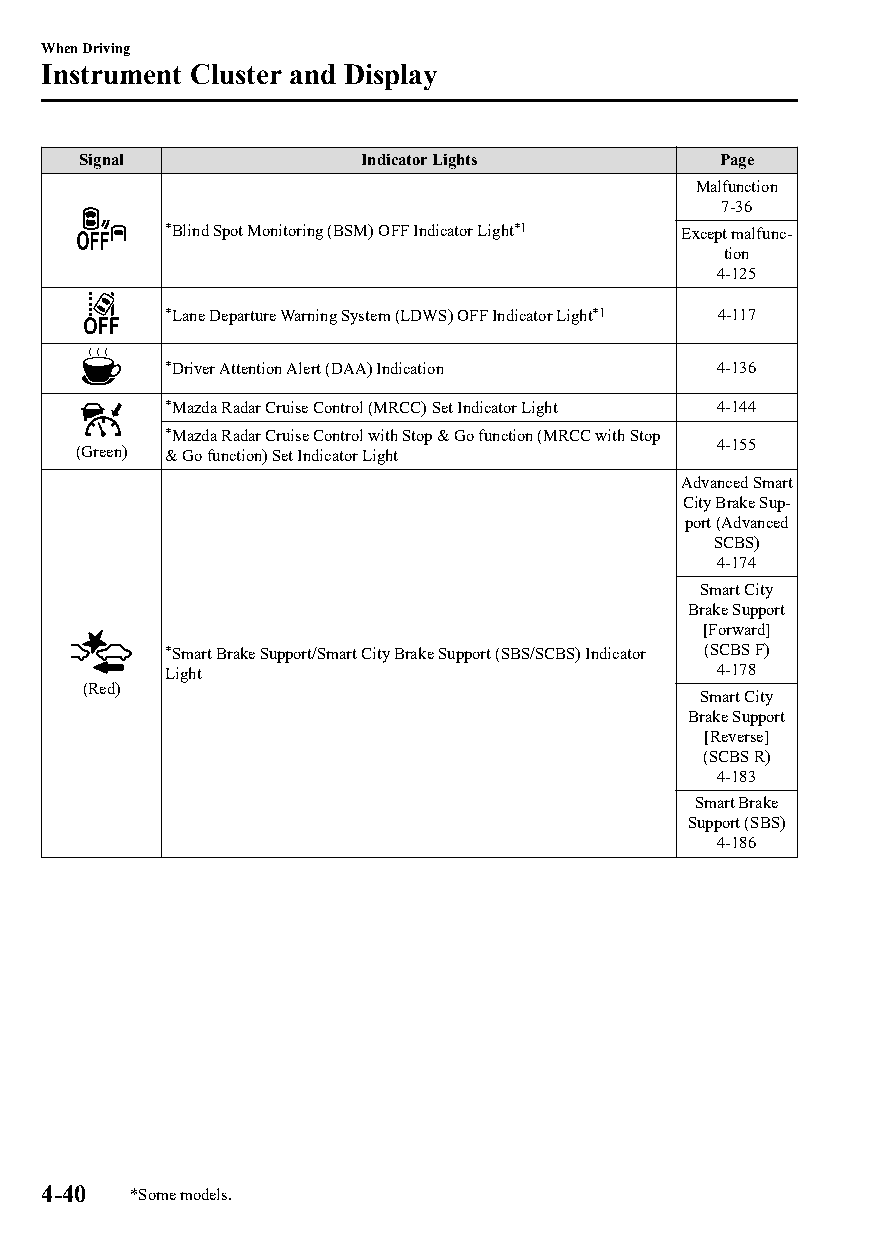
When Driving
 Instrument Cluster and Display
 Signal             Indicator Lights       Page
 Malfunction
 7-36
 *Blind Spot Monitoring (BSM) OFF Indicator Light*1 Except malfunc‐
 tion
 4-125
 *Lane Departure Warning System (LDWS) OFF Indicator Light*1 4-117
 *Driver Attention Alert (DAA) Indication 4-136
 *Mazda Radar Cruise Control (MRCC) Set Indicator Light 4-144
 *Mazda Radar Cruise Control with Stop & Go function (MRCC with Stop
 (Green) & Go function) Set Indicator Light 4-155
 Advanced Smart
 City Brake Sup‐
 port (Advanced
 SCBS)
 4-174
 Smart City
 Brake Support
 [Forward]
 *Smart Brake Support/Smart City Brake Support (SBS/SCBS) Indicator (SCBS F)
 Light                               4-178
 (Red)
 Smart City
 Brake Support
 [Reverse]
 (SCBS R)
 4-183
 Smart Brake
 Support (SBS)
 4-186
 4-40  *Some models.
 CX-3_8GT4-EE-18D_Edition4                  2018-9-6 18:32:19